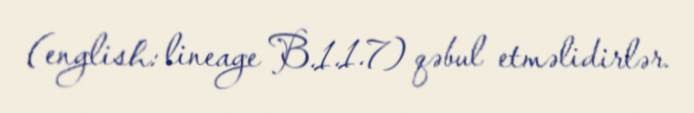
(english: lineage B.1.1.7) qəbul etməlidirlər.